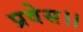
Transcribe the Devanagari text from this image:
प्रवेस।।